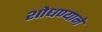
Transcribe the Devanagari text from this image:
शोधण्याने